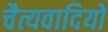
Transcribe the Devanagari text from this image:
चैत्यवादियों